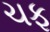
ચફ